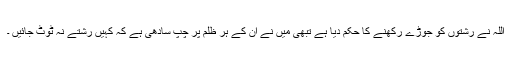
اللہ نے رشتوں کو جوڑے رکھنے کا حکم دیا ہے تبھی میں نے ان کے ہر ظلم پر چپ سادھی ہے کہ کہیں رشتے نہ ٹوٹ جائیں ۔